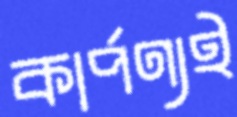
কার্পণ্যই